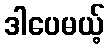
ဒါပေမယ့်